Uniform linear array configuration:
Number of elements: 48
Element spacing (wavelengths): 0.5
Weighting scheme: blackman
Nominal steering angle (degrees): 45
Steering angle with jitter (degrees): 44.266
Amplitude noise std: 0.05
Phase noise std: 0.05

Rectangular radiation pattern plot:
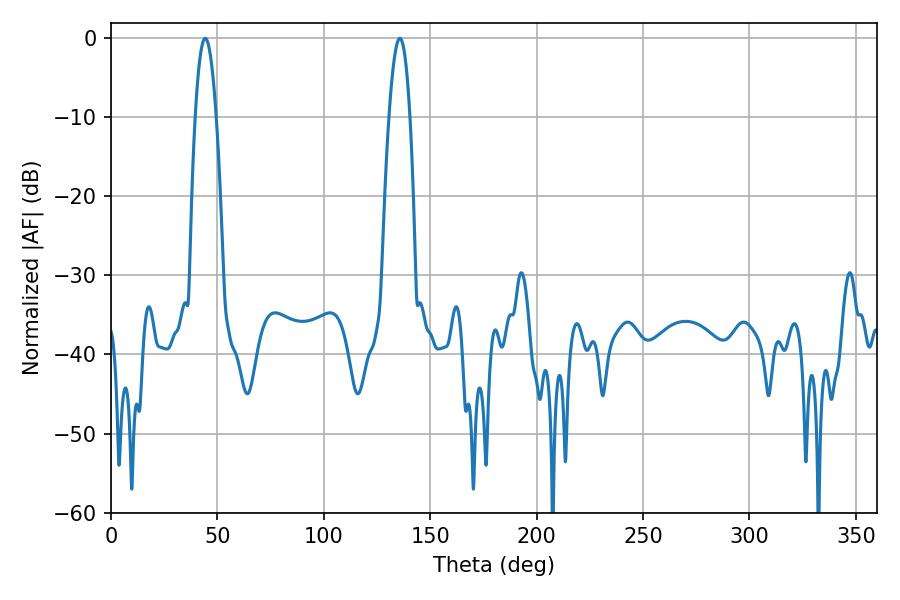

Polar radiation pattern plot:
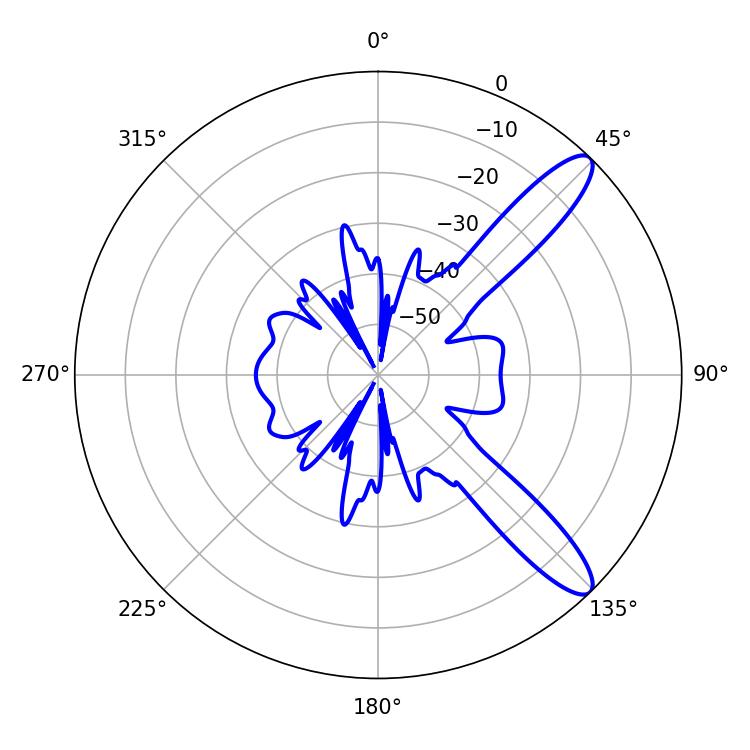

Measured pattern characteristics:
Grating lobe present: FALSE
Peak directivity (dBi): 11.461
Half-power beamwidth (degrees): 5.4
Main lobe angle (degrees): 44.28